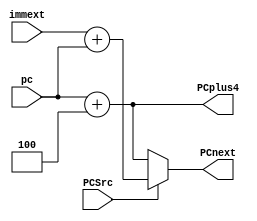
module addr_gen(output [31:0]PCnext,PCplus4,input PCSrc,input [31:0]immext,pc);
  
  reg [31:0]PCTarget;
  
  assign PCplus4= pc+32'h4;
  assign PCTarget=immext+pc;
  
  assign PCnext = PCSrc ? PCTarget : PCplus4;
  
  
endmodule